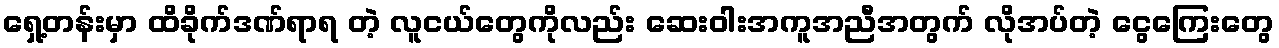
ရှေ့တန်းမှာ ထိခိုက်ဒဏ်ရာရ တဲ့ လူငယ်တွေကိုလည်း ဆေးဝါးအကူအညီအတွက် လိုအပ်တဲ့ ငွေကြေးတွေ